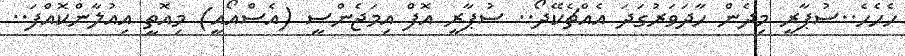
ހެހެހެ..ސުޕާރީ މިދެން ހާދަވަރުގަދަ އެއްޗެކޭދޯ.. ސުޕާރީ އޮފް އިމަޖެންސީ (އެސްއޯއީ) މިއޮތީ އިއުލާންކޮއްފަ..